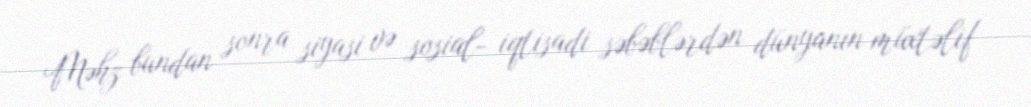
Məhz bundan sonra siyasi və sosial- iqtisadi səbəblərdən dünyanın müxtəlif